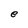
Character: e